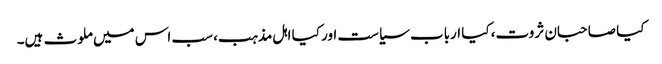
کیا صاحبان ثروت، کیا ارباب سیاست اور کیا اہل مذہب، سب اس میں ملوث ہیں۔